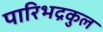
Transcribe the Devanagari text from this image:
पारिभद्रकुल